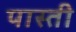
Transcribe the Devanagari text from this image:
पास्ती